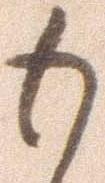
も